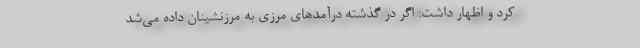
کرد و اظهار داشت: اگر در گذشته درآمدهای مرزی به مرزنشینان داده می‌شد